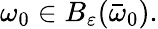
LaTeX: \omega_{0}\in B_{\varepsilon}(\bar{\omega}_{0}).